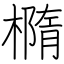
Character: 橢